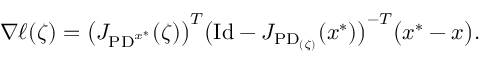
\nabla \ell ( \zeta ) = \bigl ( J _ { \mathrm { P D } ^ { x ^ { * } } } ( \zeta ) \bigr ) ^ { T } \bigl ( \mathrm { I d } - J _ { \mathrm { P D } _ { ( \zeta ) } } ( x ^ { * } ) \bigr ) ^ { - T } \bigl ( x ^ { * } - x \bigr ) .